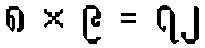
၈ × ၉ = ၇၂